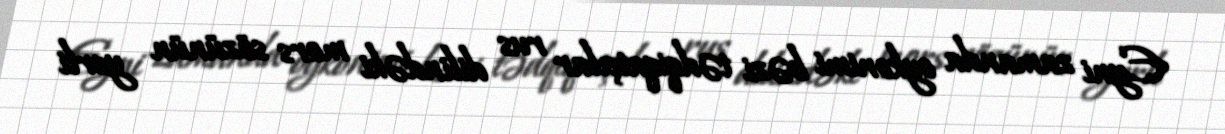
Eyni zamanda oykonimi bəzi tədqiqatçılar rus dilindəki mors sözünün yerli